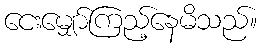
ငေးမျှော်ကြည့်နေမိသည်။